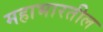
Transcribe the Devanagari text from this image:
महाभारतील